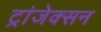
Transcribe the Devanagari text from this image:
ट्रांजेक्सन